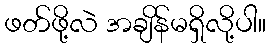
ဖတ်ဖို့လဲ အချိန်မရှိလို့ပါ။